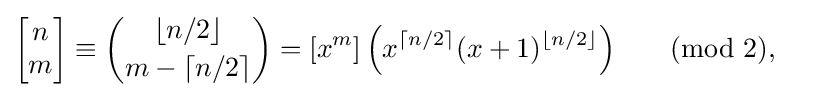
{\begin{aligned}\left[{\begin{matrix}n\\m\end{matrix}}\right]&\equiv {\binom {\lfloor n/2\rfloor }{m-\lceil n/2\rceil }}=[x^{m}]\left(x^{\lceil n/2\rceil }(x+1)^{\lfloor n/2\rfloor }\right)&&{\pmod {2}},\end{aligned}}